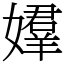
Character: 𡢡